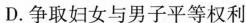
D.争取妇女与男子平等权利